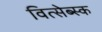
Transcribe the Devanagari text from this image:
वित्सेब्स्क